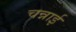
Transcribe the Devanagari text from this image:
चन्नाई